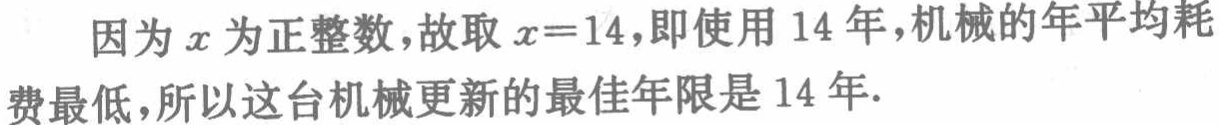
因为\(x\)为正整数，故取\(x = 14\)，即使用\(14\)年，机械的年平均耗费最低，所以这台机械更新的最佳年限是\(14\)年.